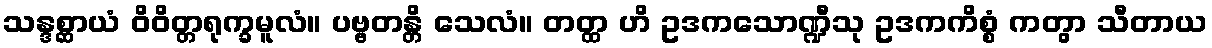
သန္ဒစ္ဆာယံ ဝိဝိတ္တရုက္ခမူလံ။ ပဗ္ဗတန္တိ သေလံ။ တတ္ထ ဟိ ဥဒကသောဏ္ဍီသု ဥဒကကိစ္စံ ကတွာ သီတာယ